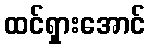
ထင်ရှားအောင်